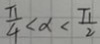
\frac { \pi } { 4 } < x < \frac { \pi } { 2 }